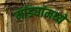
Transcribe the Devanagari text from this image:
मांड्यांमध्ये